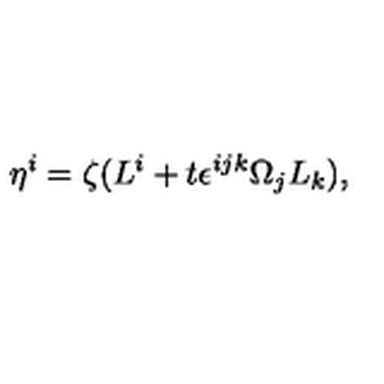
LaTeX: \eta ^ { i } = \zeta ( L ^ { i } + t \epsilon ^ { i j k } \Omega _ { j } L _ { k } ) ,